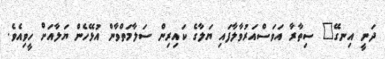
ދަނީ އިނގޭ" ސިތާރާ އަވަސްއަރުވާލާފައި ޔަލާގެ ކައިރިން ސަލާމަތްވާން އުޅޭހެން ޔަލާއަށް ހީވިއެވެ.